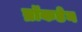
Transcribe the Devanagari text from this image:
ब्रॉकडेन